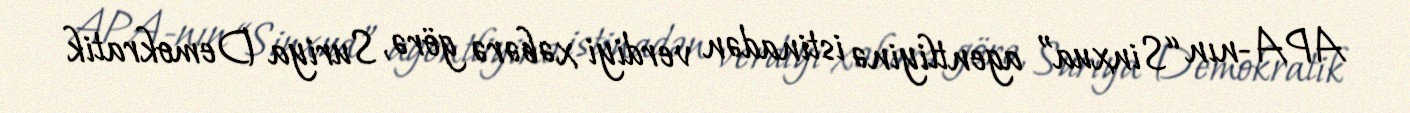
APA-nın “Sinxua” agentliyinə istinadən verdiyi xəbərə görə, Suriya Demokratik